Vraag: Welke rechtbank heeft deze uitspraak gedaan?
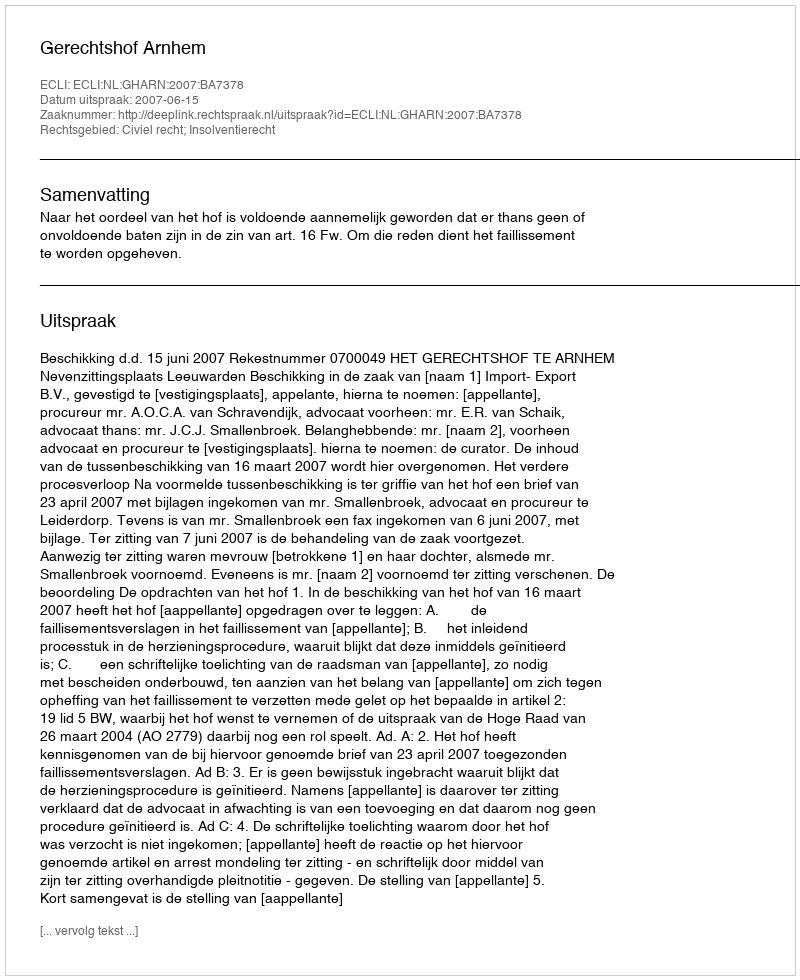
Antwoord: Gerechtshof Arnhem